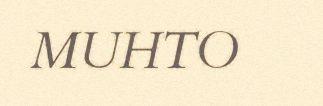
MUHTO